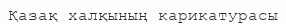
Қазақ халқының карикатурасы